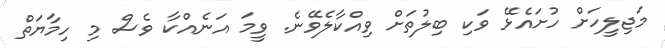
މަޖިލީހަށް ހުށައެޅޭ ވަކި ބިލުތަށް ވިއްކާލެވޭނެ. ވީމަ އަނެއްކާ ވެސް މި ހިމާޔަތް